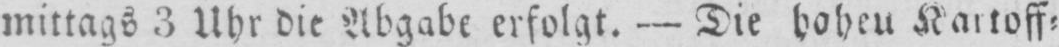
mittags 3 Uhr die Abgabe erfolgt. - Die hohen Kartoff⸗